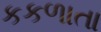
કકળાતા